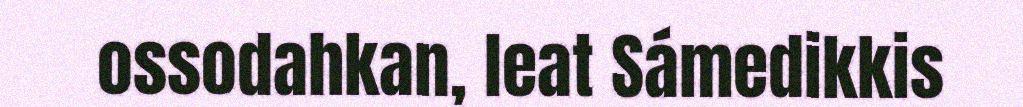
ossodahkan, leat Sámedikkis